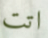
اتت